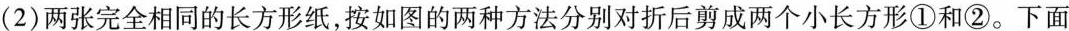
(2)两张完全相同的长方形纸，按如图的两种方法分别对折后剪成两个小长方形①和②。下面